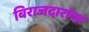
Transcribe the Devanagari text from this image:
बिराजदारांचा